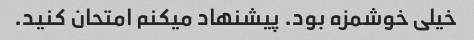
خیلی خوشمزه بود. پیشنهاد میکنم امتحان کنید.